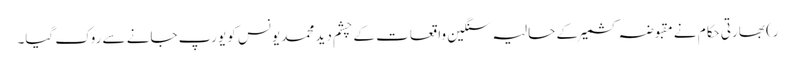
ر) بھارتی حکام نے مقبوضہ کشمیرکے حالیہ سنگین واقعات کے چشم دید محمد یونس کو یورپ جانے سے روک گیا۔